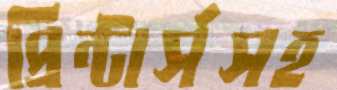
প্রিন্টার্সসহ